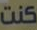
كنت